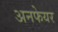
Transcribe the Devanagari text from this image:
अनफेयर